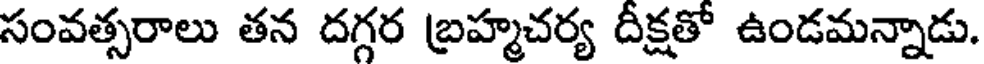
సంవత్సరాలు తన దగ్గర బ్రహ్మచర్య దీక్షతో ఉండమన్నాడు.